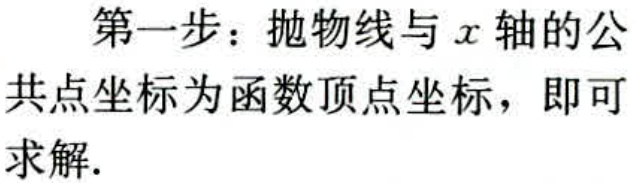
第一步：抛物线与\(x\)轴的公
共点坐标为函数顶点坐标，即可
求解.